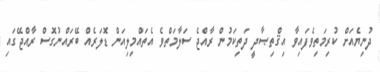
ދުނިޔެއަށް ކުރިމަތިވެފައިވާ އިޤްތިޞާދީ ދަތިކަމުން ރާއްޖެ ސަލާމަތްވެ އެތައްމިލިއަން ޑޮލަރެއް ބޭރައްނުގޮސް ރާއްޖޭގައި